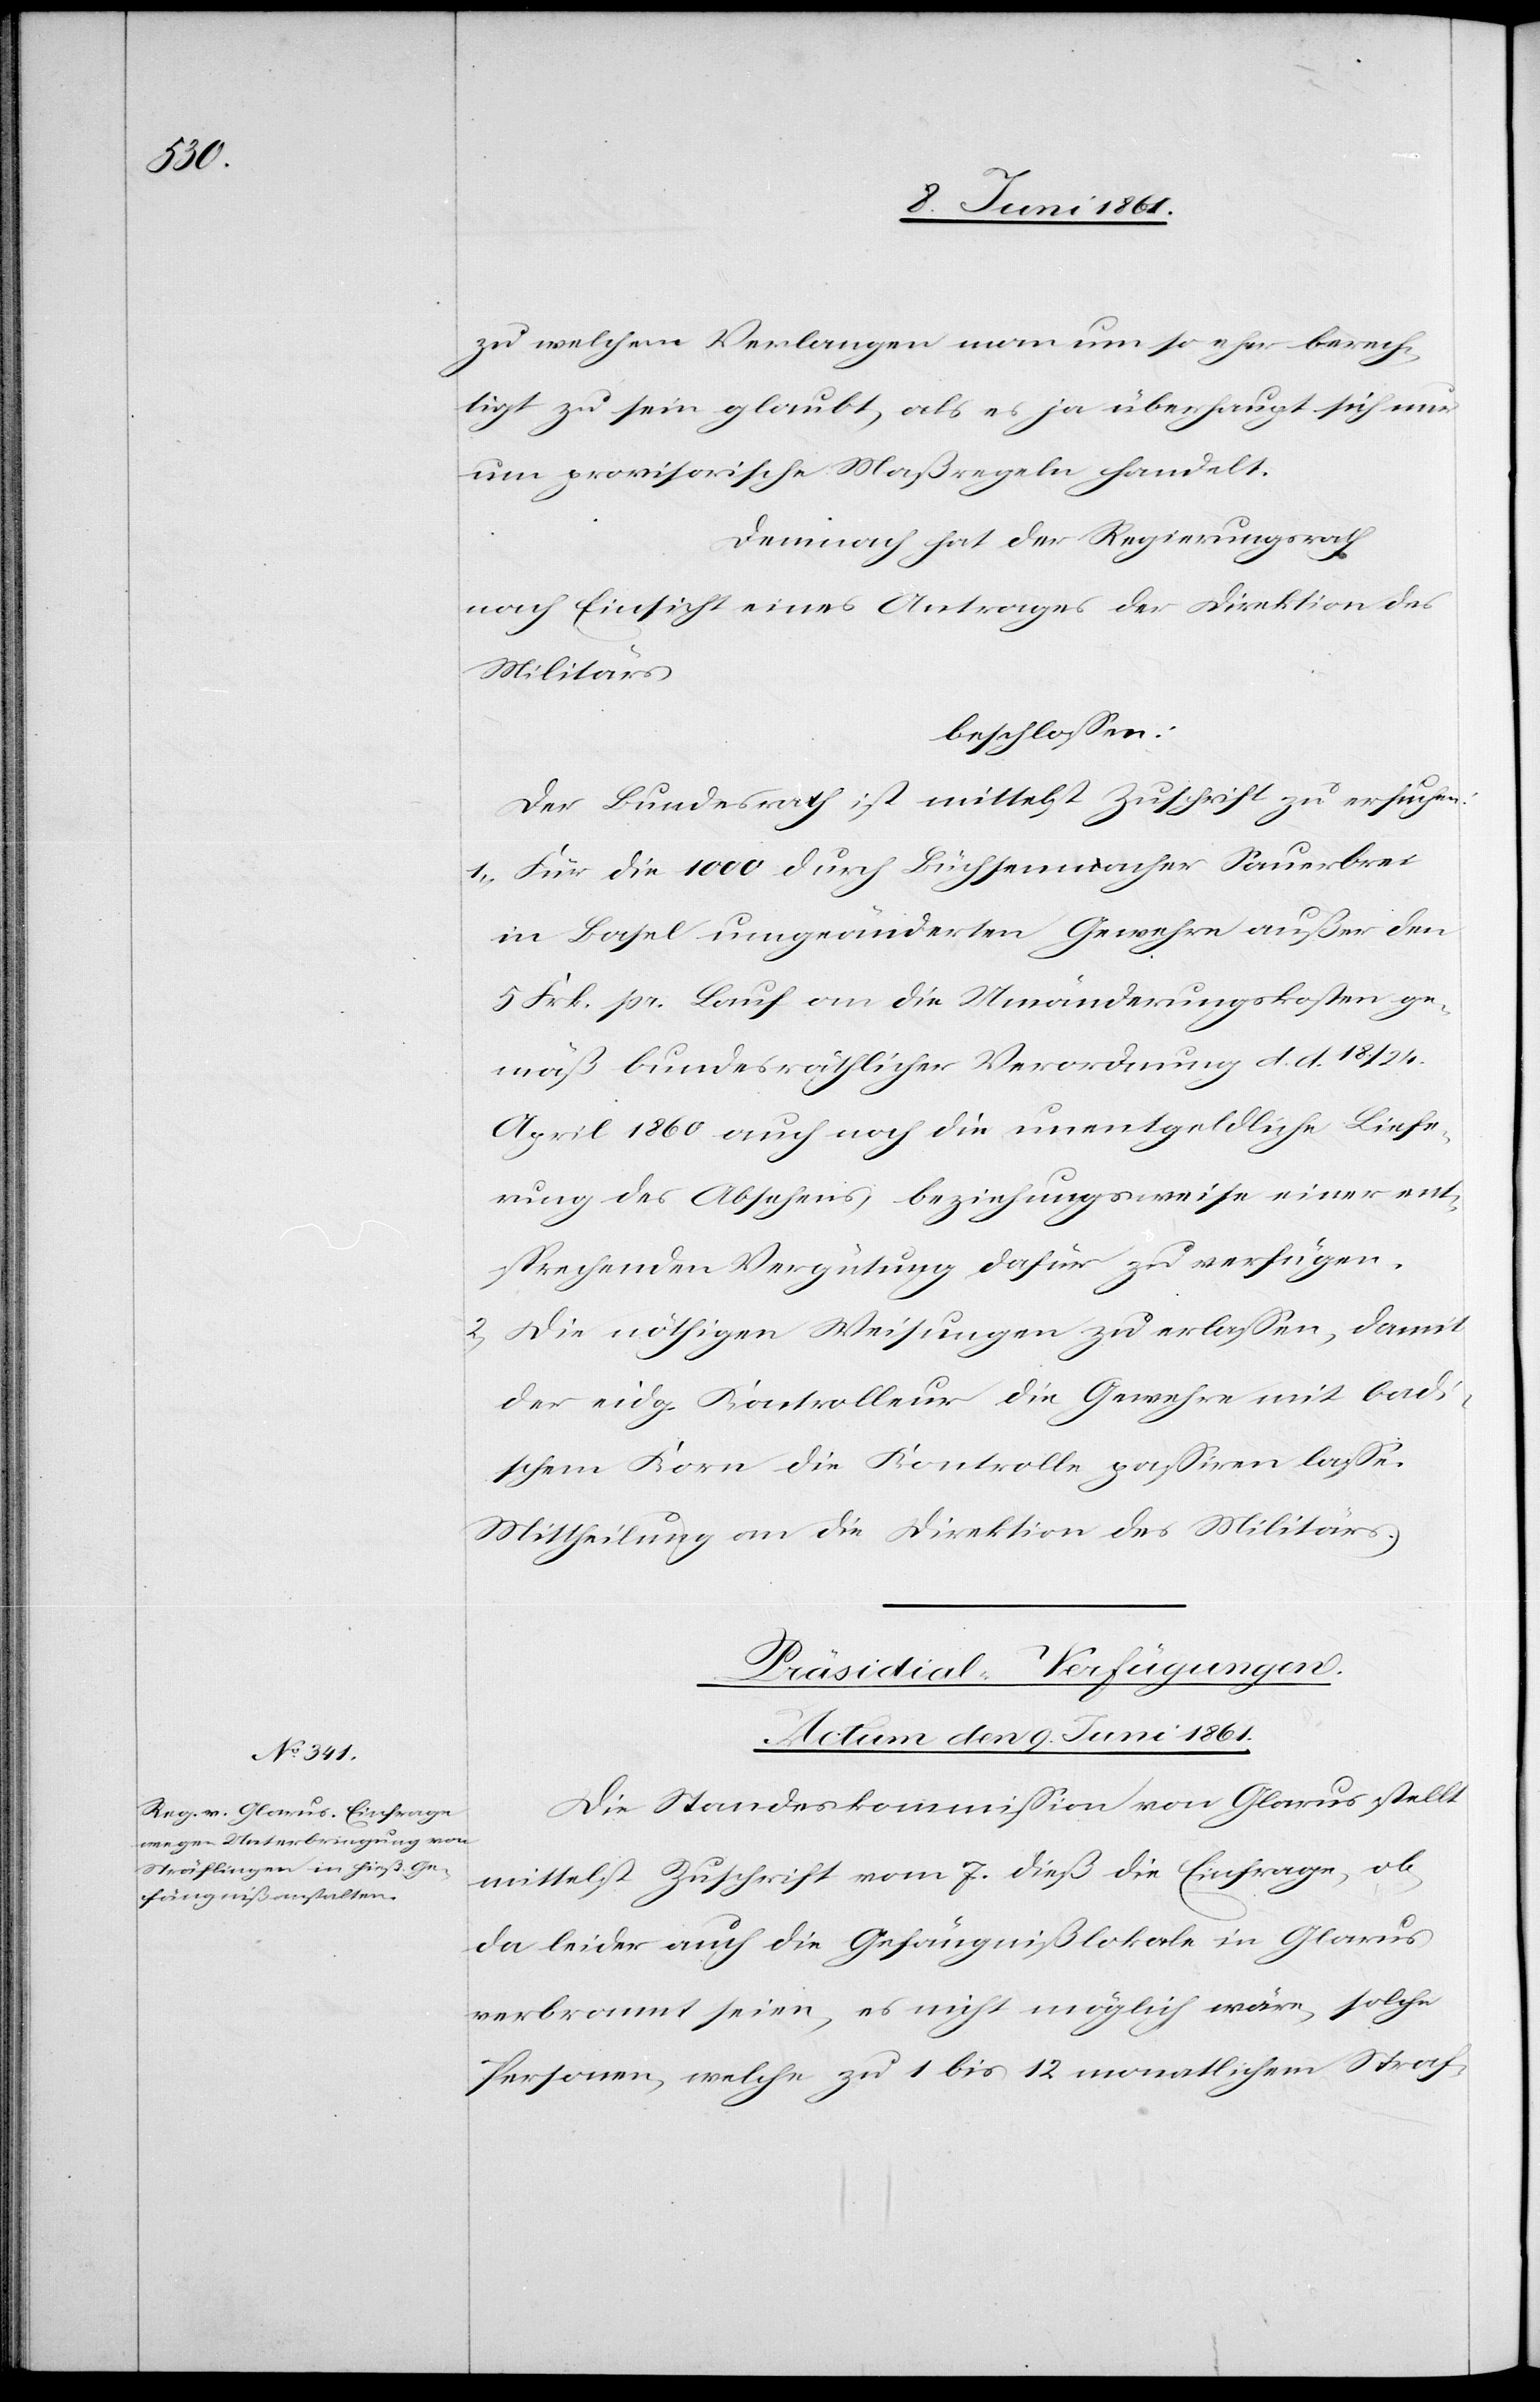
24.

zu welchem Verlangen man um so eher berech¬
tigt zu sein glaubt, als es ja überhaupt sich nur
um provisorische Maßregeln handelt.
Demnach hat der Regierungsrath
nach Einsicht eines Antrages der Direktion des
Militärs
beschlossen:
Der Bundesrath ist mittelst Zuschrift zu ersuchen:
1. Für die 1000 durch Büchsenmacher Sauerbrei
in Basel umgeänderten Gewehre außer den
5 Frk. pr. Lauf an die Umänderungskosten ge¬
mäß bundesräthlicher Verordnung d. d. 18. /
April 1860 auch noch die unentgeldliche Liefe¬
rung des Absehens, beziehungsweise einer ent¬
sprechenden Vergütung dafür zu verfügen.
2. Die nöthigen Weisungen zu erlassen, damit
der eidg. Kontrolleur die Gewehre mit badi¬
schem Korn die Kontrolle passiren lasse.
Mittheilung an die Direktion des Militärs.
Präsidial-Verfügungen.
Actum den 9. Juni 1861.
Die Standeskommission von Glarus stellt
mittelst Zuschrift vom 7. dieß die Einfrage, ob,
da leider auch die Gefängnißlokale in Glarus
verbrannt seien, es nicht möglich wäre, solche
Personen, welche zu 1 bis 12 monatlichem Straf-